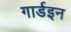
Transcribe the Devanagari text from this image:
गार्डइन